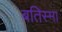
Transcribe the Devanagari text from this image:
बतिस्मा